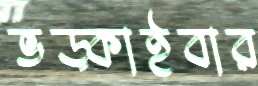
ভড়্‌কাইবার